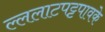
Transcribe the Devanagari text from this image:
ल्ललाटपट्टपावके